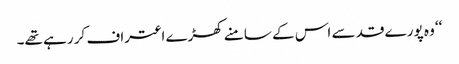
‘‘ وہ پورے قد سے اس کے سامنے کھڑے اعتراف کر رہے تھے۔